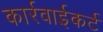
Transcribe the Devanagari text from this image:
कार्रवाईकर्ट